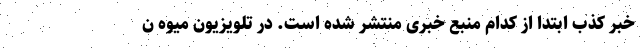
خبر کذب ابتدا از کدام منبع خبری منتشر شده است. در تلویزیون میوه ن